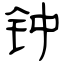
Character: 钟